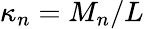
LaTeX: \kappa_{n}=M_{n}/L